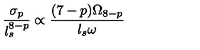
\frac { \sigma _ { p } } { l _ { s } ^ { 8 - p } } \propto \frac { ( 7 - p ) \Omega _ { 8 - p } } { l _ { s } \omega }